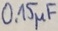
Text: 0,1µF